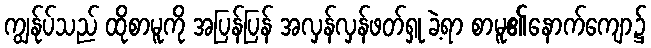
ကျွန်ုပ်သည် ထိုစာမူကို အပြန်ပြန် အလှန်လှန်ဖတ်ရှု ခဲ့ရာ စာမူ၏နောက်ကျော၌